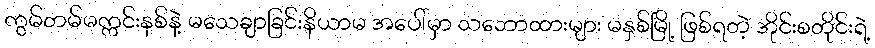
ကွမ်တမ်မက္ကင်းနစ်နဲ့ မသေချာခြင်းနိယာမ အပေါ်မှာ သဘောထားများ မနှစ်မြို့ ဖြစ်ရတဲ့ အိုင်းစတိုင်းရဲ့